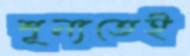
শূন্যতেই